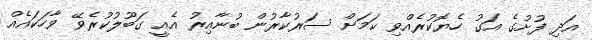
އަދި ފުށުގެ އަގު ހެޔޮކުރެއްވި ކަމަށް ސަރުކާރުން ބުނާއިރު އެއީ ގަބޫލުކުރެވޭ ވާހަކައެއް